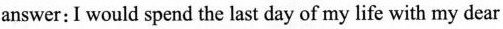
answer:I would spend the last day of my life with my dear